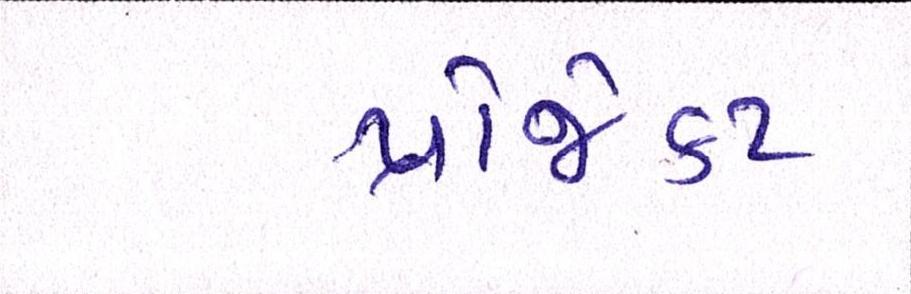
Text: પ્રોજેક્ટ